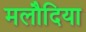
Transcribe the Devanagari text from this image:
मलौदिया